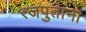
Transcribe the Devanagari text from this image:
रजपुतांना